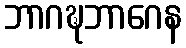
ဘာဂဍ္ဎဘာဂေန